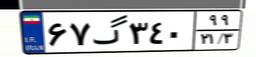
۳۸گ۸۹۹۴۷